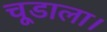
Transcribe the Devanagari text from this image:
चूडाला।